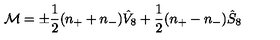
{ \cal M } = \pm \frac { 1 } { 2 } ( n _ { + } + n _ { - } ) \hat { V } _ { 8 } + \frac { 1 } { 2 } ( n _ { + } - n _ { - } ) \hat { S } _ { 8 }